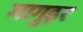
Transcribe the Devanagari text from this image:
मागुइर